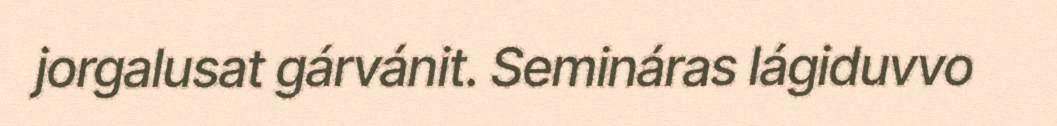
jorgalusat gárvánit. Semináras lágiduvvo